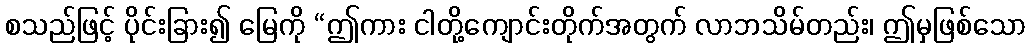
စသည်ဖြင့် ပိုင်းခြား၍ မြေကို “ဤကား ငါတို့ကျောင်းတိုက်အတွက် လာဘသိမ်တည်း၊ ဤမှဖြစ်သော